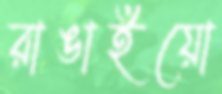
রাঙাইয়ো